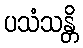
ပသံသန္တိ